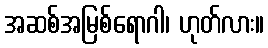
အဆစ်အမြစ်ရောဂါ၊ ဟုတ်လား။